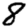
Digit: 8